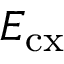
E _ { \mathrm { c x } }